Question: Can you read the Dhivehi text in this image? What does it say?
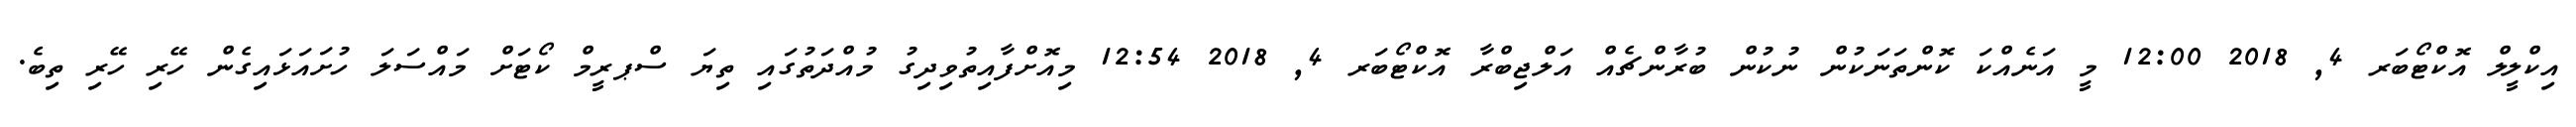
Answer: އިކްލީލް އޮކްޓޯބަރ 4, 2018 12:00 މީ އަނެއްކަ ކޮންތަނަކުން ނުކުން ބުރާންޗެއް އަލްޖިބްރާ އޮކްޓޯބަރ 4, 2018 12:54 މިއޮށްފާއިތުވިދިގު މުއްދަތުގައި ތިޔަ ސްޕރީމް ކޯޓަށް މައްސަލަ ހުށައަޅައިގެން ހޭރި ހޭރި ތިބެ.